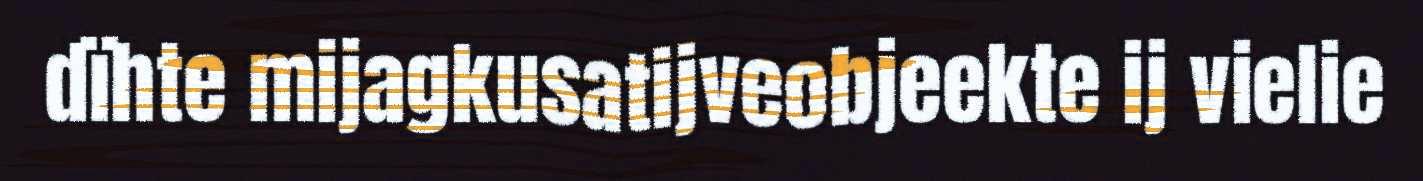
dïhte mijagkusatijveobjeekte ij vielie